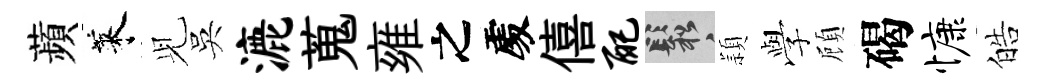
蘋萊𫤗吳漉蒐雍之𠁅僖配鬆頴𫝯頋碣慷皓